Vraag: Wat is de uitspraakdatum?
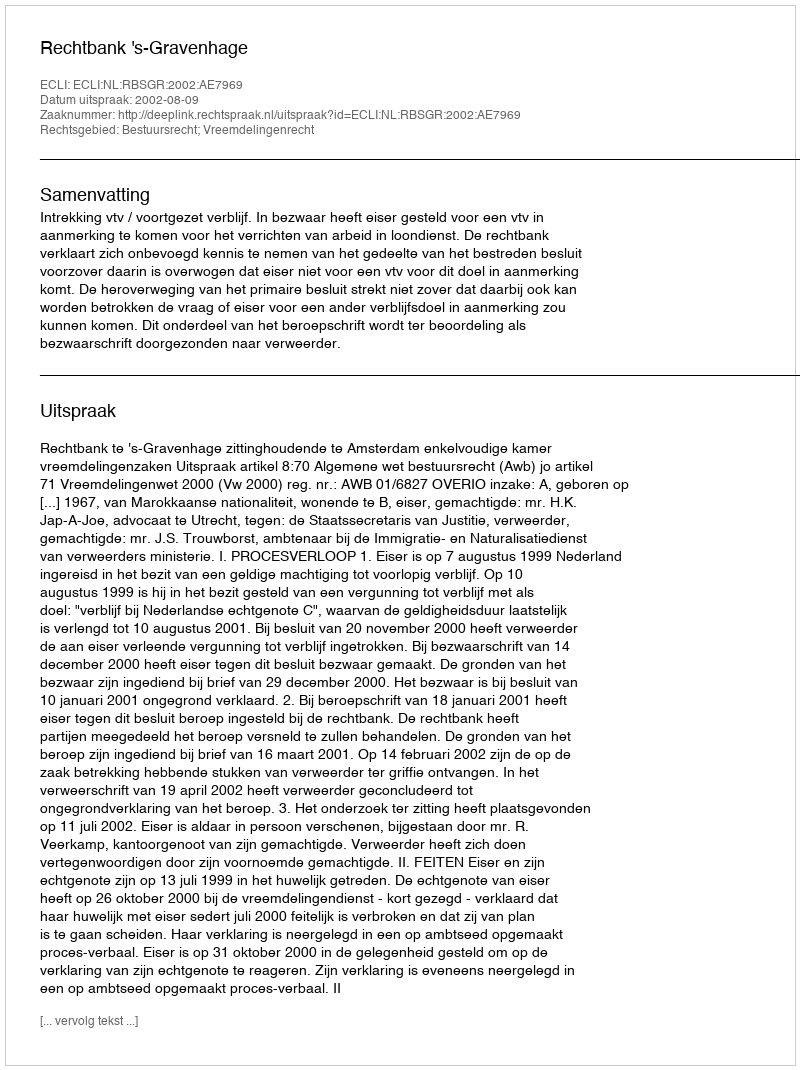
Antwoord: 2002-08-09